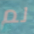
لم